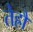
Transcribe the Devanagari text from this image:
तेह्रौं